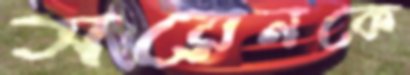
সরেনকে